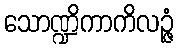
သောဏ္ဍိကာကိလဉ္ဇံ